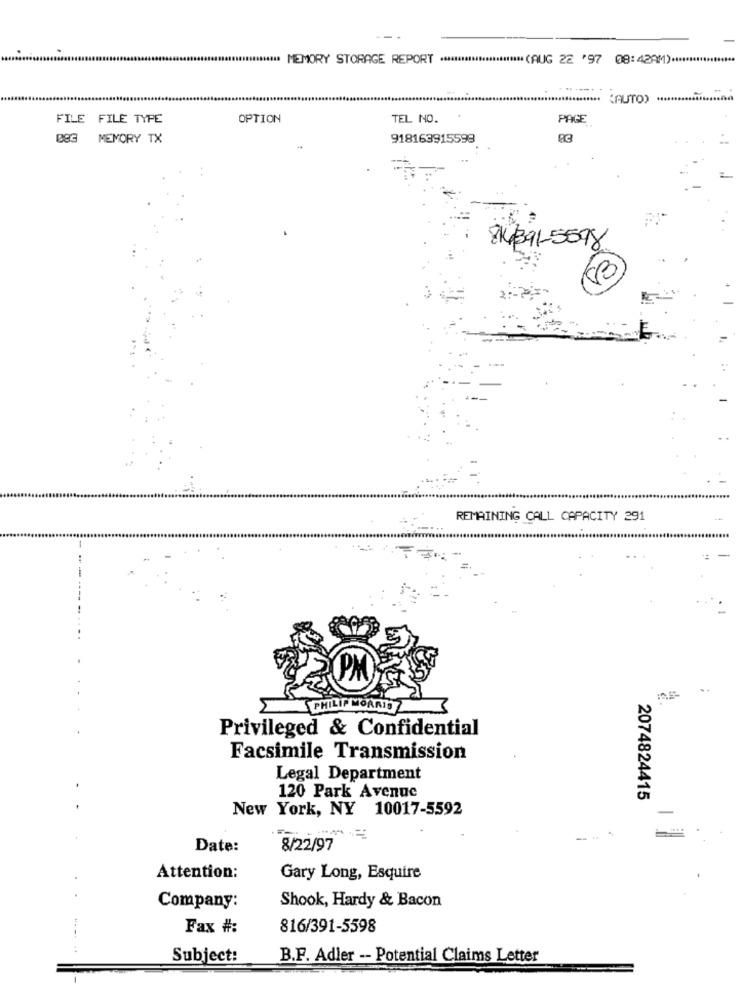
MEMORY STORAGE REPORT .....
****** (AUG 22 '97 08:42AM) ****
(AUTO) .......
FILE FILE TYPE
OPTION
TEL NO.
PAGE
083 MEMORY TX
918163915598
814391-5598
REMAINING CALL CAPACITY 291
P
PHILIP MORRIS Z
Privileged & Confidential
Facsimile Transmission
Legal Department
120 Park Avenue
2074824415
New York, NY 10017-5592
Date:
8/22/97
Attention:
Gary Long, Esquire
Shook, Hardy & Bacon
Company:
Fax #:
816/391-5598
Subject:
B.F. Adler -- Potential Claims Letter